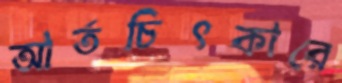
আর্তচিৎকারে